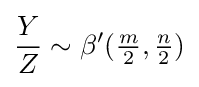
{\frac {Y}{Z}}\sim \beta '({\tfrac {m}{2}},{\tfrac {n}{2}})